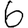
Digit: 6